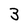
Character: 3